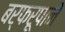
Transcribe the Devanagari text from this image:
बर्फरूपाने